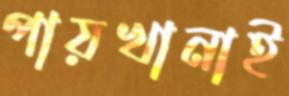
পায়খানাই